Report of the Imperial Institute of Veterinary Research, Muktesar
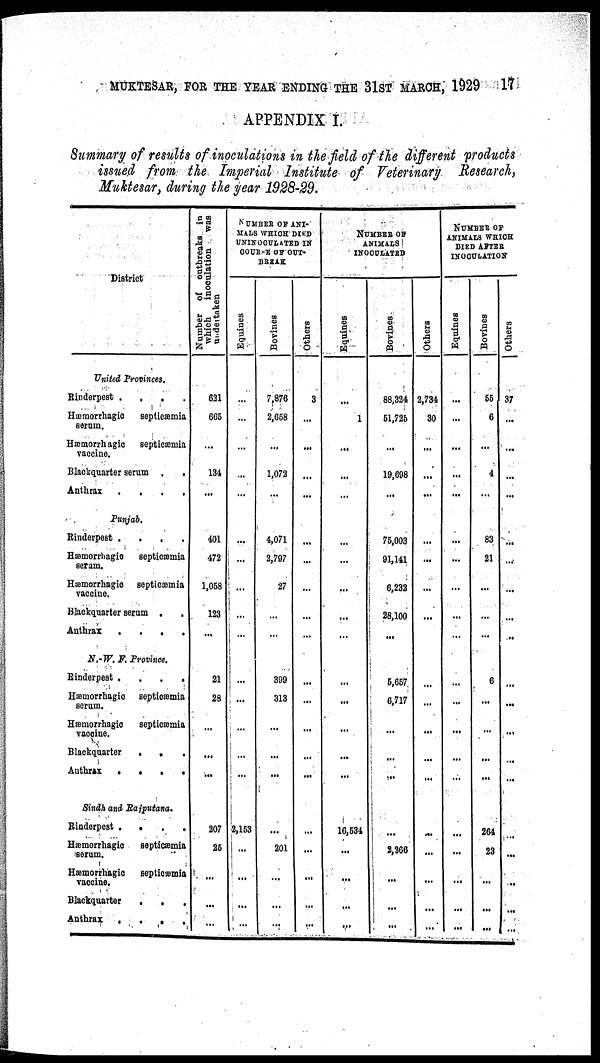
MUKTESAR, FOR THE YEAR ENDING THE 31ST MARCH, 1929 17
APPENDIX I.
Summary of results of inoculations in the field of the different products
issued from the Imperial Institute of Veterinary Research,
Muktesar, during the year 1928-29.
District
United Provinces.
Rinderpest
.
.
.
.
Hæmorrhagic
septicæmia
serum.
Hæmorrhagic
septicæmia
vaccine.
Blackquarter serum .
.
Anthrax
.
.
.
.
Punjab.
Rinderpest
.
.
.
.
Hæmorrhagic
septicæmia
seram.
Hæmorrhagic
septicæmia
vaccine.
Blackquarter serum .
.
Anthrax
.
.
.
.
N.-W.F. Province.
Rinderpest .
.
.
.
Hæmorrhagic
septicæmia
serum.
Hæmorrhagic
septicæmia
vaccine.
Blackquarter
.
.
Anthrax
. . .
Sindh and Rajputana.
Rinderpest
.
.
.
.
Hæmorrhagic
septicæmia
serum.
Hæmorrhagic
septicæmia
vaccine.
Blackquarter
.
.
.
Anthrax
.
.
.
.
Number of outbreaks in
which
inoculation
was
undetaken
631
665
...
134
...
401
472
1,058
123
...
21
28
...
...
...
207
25
...
...
...
NUMBER OF ANI-
MALS WHICH DIED
UNINOCULATED IN
COURSE OF OUT¬
BREAK
Equines
...
...
...
...
...
...
...
...
...
...
...
...
2,153
...
...
...
...
Bovines
7,876
2,658
...
1,072
4,071
2,797
27
...
...
399
313
...
...
...
...
201
...
...
...
Others
3
...
...
...
...
...
...
...
...
...
...
...
...
...
...
...
...
...
...
NUMBER OF
ANIMALS
INOCULATED
Equines
...
1
...
...
...
...
...
...
...
...
...
...
...
16,534
...
...
...
...
Bovines
88,324
51,725
...
19,698
...
75,003
91,141
6,232
28,100
...
5,657
6,717
...
...
....
...
2,266
...
...
...
Others
2,734
30
...
...
...
...
...
...
...
...
...
...
...
...
...
...
...
...
...
...
NUMBER OF
ANIMALS WHICH
DIED AFTER
INOCULATION
Equines
...
...
...
...
...
...
...
...
...
...
...
...
...
...
...
...
...
...
...
...
Bovines
55
6
...
4
...
83
21
...
...
...
6
...
...
...
...
264
23
...
...
...
Others
37
...
...
...
...
...
...
...
...
...
...
..
...
...
...
...
...
...
...
...